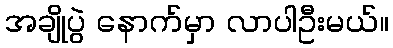
အချိုပွဲ နောက်မှာ လာပါဦးမယ်။